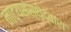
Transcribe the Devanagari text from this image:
नाट्यसंस्थेद्वारा